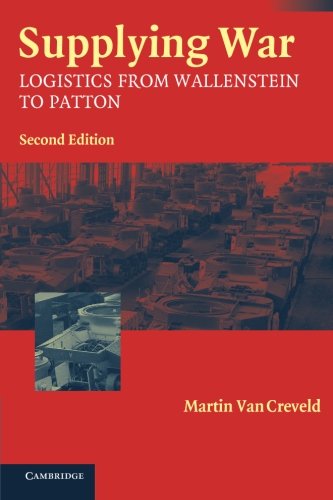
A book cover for Supplying War: Logistics from Wallenstein to Patton; Martin van Creveld; History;